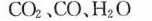
CO_{2}、CO、H_{2}O